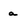
Character: a